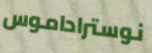
نوستراداموس